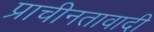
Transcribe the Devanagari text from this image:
प्राचीनतावादी